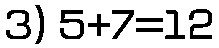
3) 5+7=12